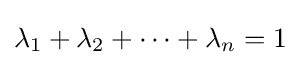
\lambda _{1}+\lambda _{2}+\dots +\lambda _{n}=1